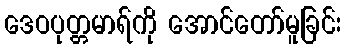
ဒေဝပုတ္တမာရ်ကို အောင်တော်မူခြင်း